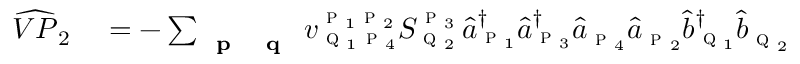
\begin{array} { r l } { \widehat { V P } _ { 2 } } & { { } = - \sum _ { \textbf { \textsc { p } } \textbf { \textsc { q } } } { v } _ { \textsc { q } _ { 1 } \textsc { p } _ { 4 } } ^ { \textsc { p } _ { 1 } \textsc { p } _ { 2 } } S _ { \textsc { q } _ { 2 } } ^ { \textsc { p } _ { 3 } } \, \hat { a } _ { \textsc { p } _ { 1 } } ^ { \dagger } \hat { a } _ { \textsc { p } _ { 3 } } ^ { \dagger } \hat { a } _ { \textsc { p } _ { 4 } } \hat { a } _ { \textsc { p } _ { 2 } } \hat { b } _ { \textsc { q } _ { 1 } } ^ { \dagger } \hat { b } _ { \textsc { q } _ { 2 } } } \end{array}